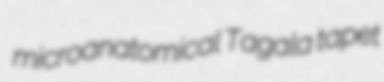
microanatomical Tagala tapet